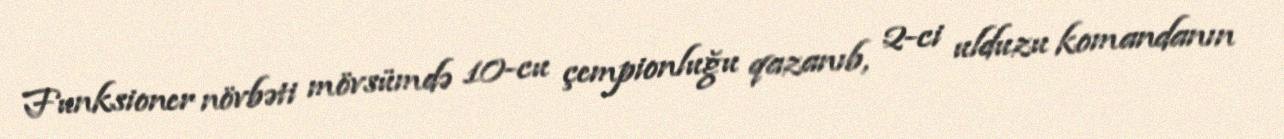
Funksioner növbəti mövsümdə 10-cu çempionluğu qazanıb, 2-ci ulduzu komandanın